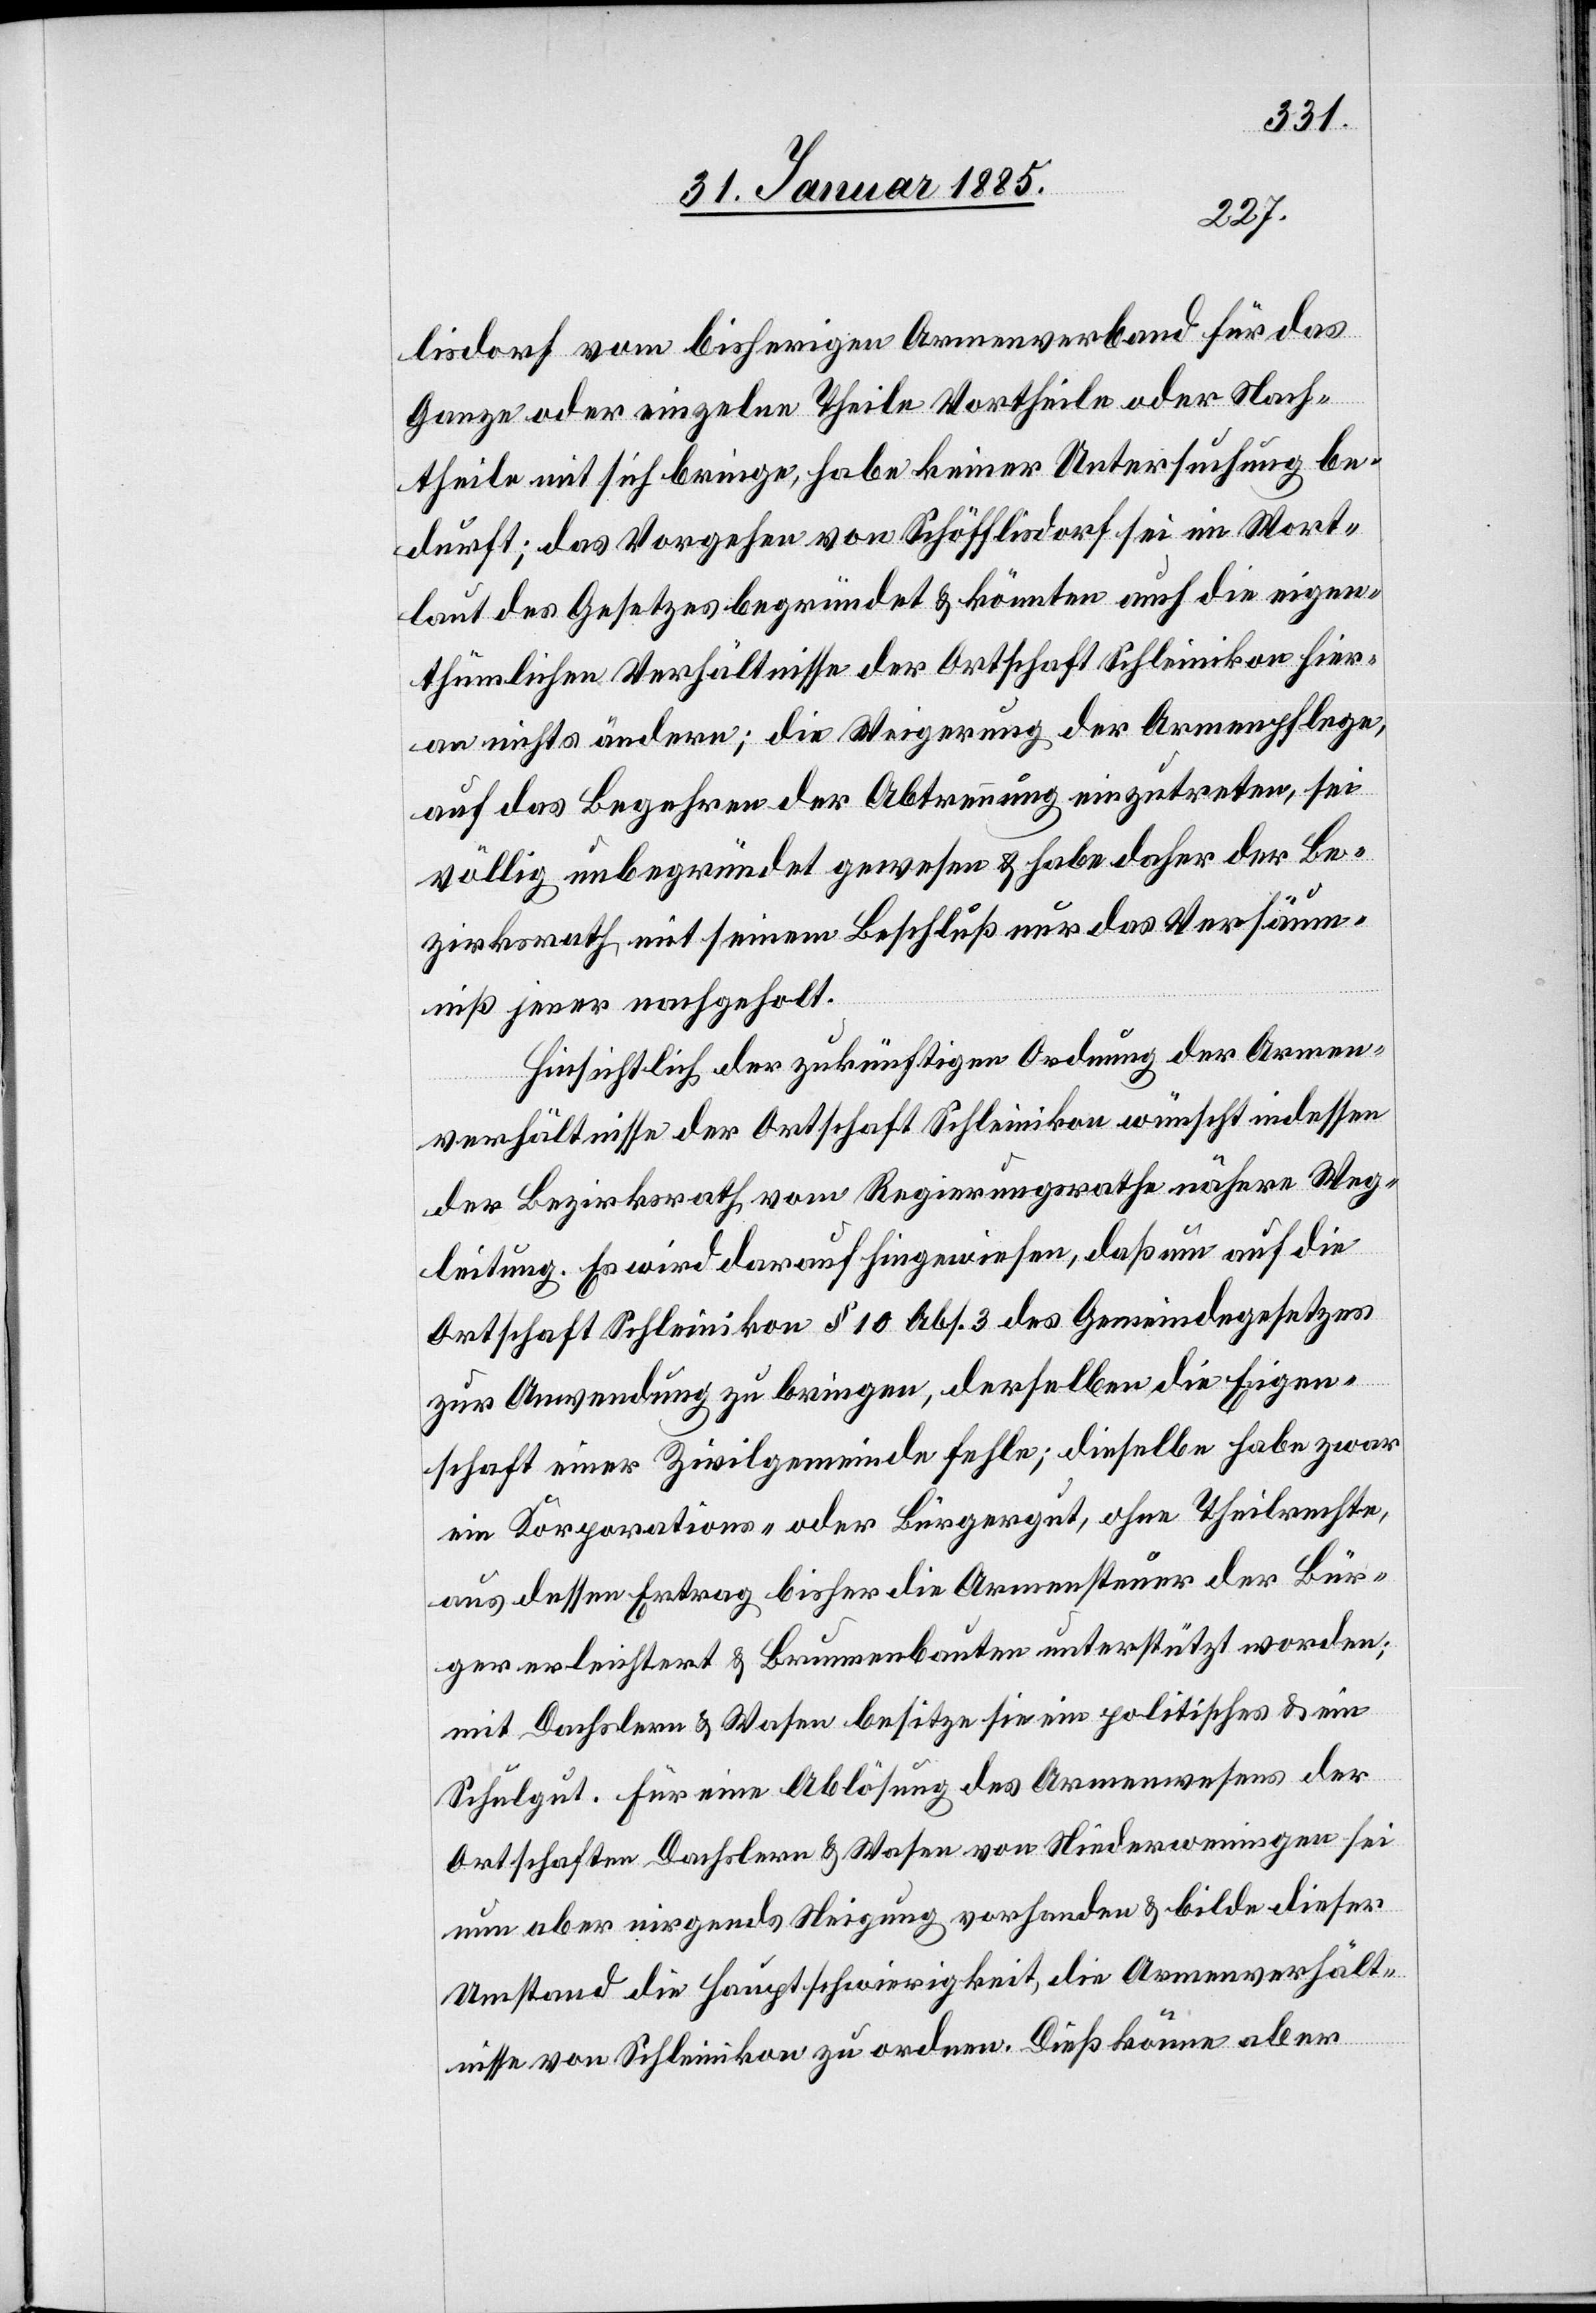
lisdorf vom bisherigen Armenverband für das
Ganze oder einzelne Theile Vortheile oder Nach¬
theile mit sich bringe, habe keiner Untersuchung be¬
durft; das Vorgehen von Schöfflisdorf sei im Wort¬
laut des Gesetzes begründet & könnten auch die eigen¬
thümlichen Verhältnisse der Ortschaft Schleinikon hier¬
an nichts ändern; die Weigerung der Armenpflege,
auf das Begehren der Abtrennung einzutreten sei
völlig unbegründet gewesen & habe daher der Be¬
zirksrath mit seinem Beschluß nur das Versäum¬
niß jener nachgeholt.
Hinsichtlich der zukünftigen Ordnung der Armen¬
verhältnisse der Ortschaft Schleinikon wünsch indessen
der Bezirksrath, vom Regierungsrathe nähere Weg¬
leitung. Es wird darauf hingewiesen, daß nun auf die
Ortschaft Schleinikon § 10 Abs. 3 des Gemeindegesetzes
zur Anwendung zu bringen, derselben die Eigen¬
schaft einer Zivilgemeinde fehle; dieselbe habe zwar
ein Korporations- oder Bürgergut, ohne Theilrechte,
aus dessen Ertrag bisher die Armensteuer der Bür¬
ger erleichtert & Brunnenbauten unterstützt worden;
mit Dachslern & Wasen besitze sie ein politisches & ein
Schulgut. Für eine Ablösung des Armenwesens der
Ortschaften Dachslern & Wasen von Niederweningen sei
nun aber nirgends Neigung vorhanden & bilde dieser
Umstand die Hauptschwierigkeit, die Armenverhält¬
nisse von Schleinikon zu ordnen. Dieß könne aber